Madras plague regulations in force outside the Presidency town - Volume 5
Disease focus: Plague
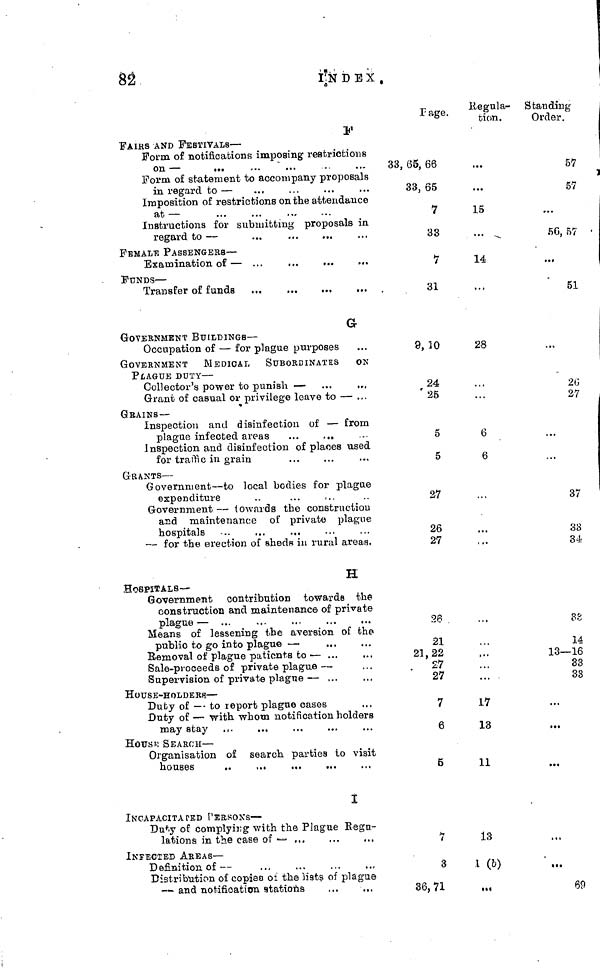
82
INDEX
.
F
FAIRS AND FESTIVALS —
Form of notifications imposing restrictions
on —
Form of statement to accompany proposals
in regard to —
Imposition of restrictions on the attendance
at —
Instructions for submitting proposals in
regard to —
FEMALE PASSENGERS —
FUNDS —
G
GOVERNMENT BUILDINGS —
Occupation of — for plague purposes
GOVERNMENT MEDICAL SUBORDINATES ON
PLAGUE DUTY —
Collector's power to punish —
Grant of casual or privilege leave to —
GRAINS—
Inspection and disinfection of —
from
Inspection and disinfection of places used
for traffic in grain
GEANTS —
Government — to local bodies for plague
expenditure
Government — towards the construction
and maintenance of private plague
hospitals
— for the erection of sheds in rural areas.
H
HOSPITALS—
Government contribution towards the
construction and maintenance of private
plague —
Means of lessening the aversion of the
public to go into plague —
Removal of plague patients to —
Sale-proceeds of private plague —
Supervision of private plague —
HOUSE-HOLDERS —
Duty of — to report plague
oases
may stay
House SEARCH —
Organisation of search parties to visit
houses
I
INCAPACITATED PERSONS —
Duty of complying with the Plague Regu-
lations in the case of
INFECTED AREAS —
Definition of —
Distribution of copies of the lists of plague
— and notification stations
Page.
33, 65, 66
33, 65
1
33
7
31
9, 10
24
' 25
5
5
27
26
27
26
21
21, 22
27
27
7
6
5
7
3
36, 71
Regula-
tion.
15
14
28
...
6
6
17
13
11
13
1 (b)
Standing
Order.
57
57
50, 57
51
26
27
37
38
34
B g
14
13—16
33
33
69